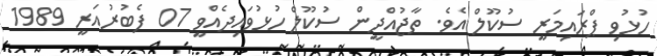
ހުޅުވި ޕްރައިމަރީ ސުކޫލް އެވެ. ތާޖުއްދީން ސުކޫލް ހުޅުވައިދެއްވީ 07 ފެބުރުއަރީ 1989